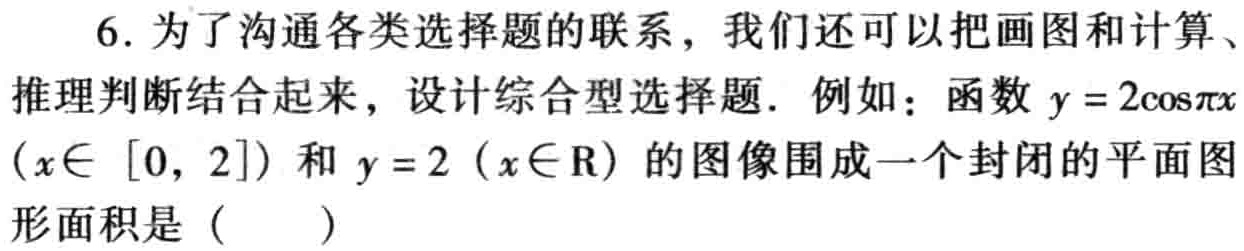
6. 为了沟通各类选择题的联系，我们还可以把画图和计算、推理判断结合起来，设计综合型选择题. 例如：函数$y = 2\cos\pi x$（$x\in [0,2]$）和$y = 2$（$x\in\mathrm{R}$）的图像围成一个封闭的平面图形面积是（  ）